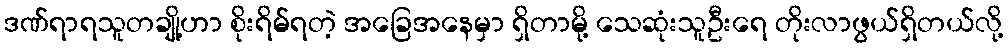
ဒဏ်ရာရသူတချို့ဟာ စိုးရိမ်ရတဲ့ အခြေအနေမှာ ရှိတာမို့ သေဆုံးသူဦးရေ တိုးလာဖွယ်ရှိတယ်လို့